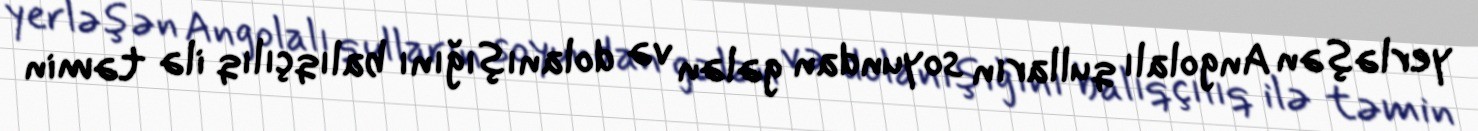
yerləşən Angolalı qulların soyundan gələn və dolanışığını balıqçılıq ilə təmin